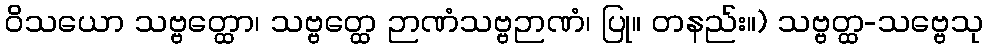
ဝိသယော သဗ္ဗတ္ထော၊ သဗ္ဗတ္ထေ ဉာဏံသဗ္ဗဉာဏံ၊ ပြု။ တနည်း။) သဗ္ဗတ္ထ-သဗ္ဗေသု